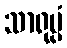
သာရုပ္ပံ